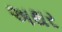
અથર